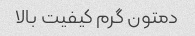
دمتون گرم کیفیت بالا